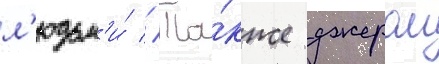
л'юдьм'и́ // Та́кже джером